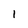
Character: 1